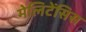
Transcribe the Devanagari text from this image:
मेलिटेंसिस